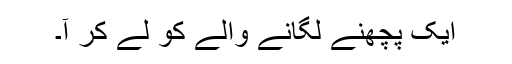
ایک پچھنے لگانے والے کو لے کر آ۔